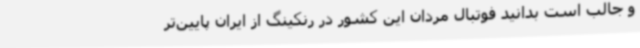
و جالب است بدانید فوتبال مردان این کشور در رنکینگ از ایران پایین‌تر